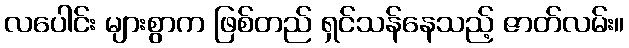
လပေါင်း များစွာက ဖြစ်တည် ရှင်သန်နေသည့် ဇာတ်လမ်း။